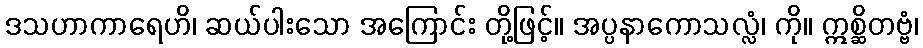
ဒသဟာကာရေဟိ၊ ဆယ်ပါးသော အကြောင်း တို့ဖြင့်။ အပ္ပနာကောသလ္လံ၊ ကို။ ဣစ္ဆိတဗ္ဗံ၊